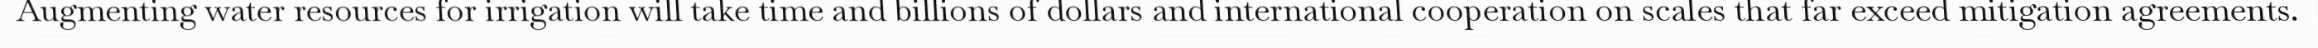
Augmenting water resources for irrigation will take time and billions of dollars and international cooperation on scales that far exceed mitigation agreements.